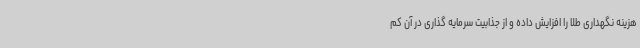
هزینه نگهداری طلا را افزایش داده و از جذابیت سرمایه گذاری در آن کم